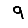
Digit: 9